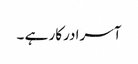
آسرا درکار ہے ۔